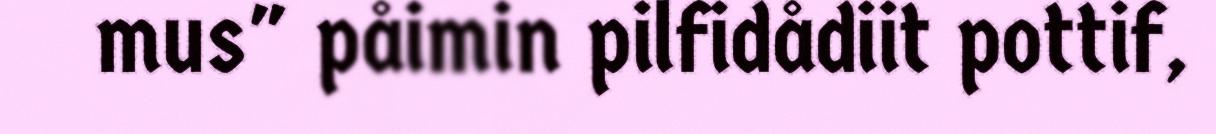
mus" påimin pilfidådiit pottif,